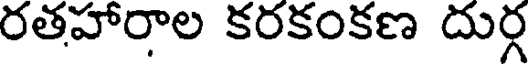
రతహారాల కరకంకణ దుర్గ